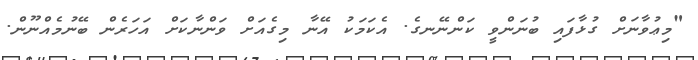
"މިޢުވާނަށް ގުޅާފައި ބުނަންވީ ކަންނޭނގެ. އެކަމަކު އޭނާ މިގެއަށް ވަންނާކަށް އަހަރެން ބޭނުމެއްނޫން.